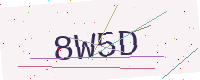
Text: 8W5D